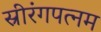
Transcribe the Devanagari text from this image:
स्रीरंगपत्नम